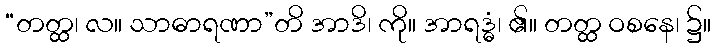
“တတ္ထ၊ လ။ သာဓာရဏာ”တိ အာဒိ၊ ကို။ အာရဒ္ဓံ၊ ၏။ တတ္ထ ဝစနေ၊ ၌။